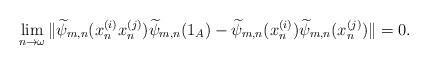
LaTeX: \begin{align*}\lim_{n\rightarrow\omega}\|\widetilde{\psi}_{m,n}(x^{(i)}_nx^{(j)}_n)\widetilde{\psi}_{m,n}(1_A)-\widetilde{\psi}_{m,n}(x^{(i)}_n)\widetilde{\psi}_{m,n}(x^{(j)}_n)\|=0.\end{align*}